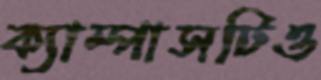
ক্যাম্পাসটিও